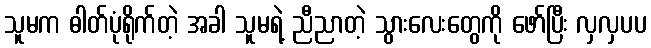
သူမက ဓါတ်ပုံရိုက်တဲ့ အခါ သူမရဲ့ ညီညာတဲ့ သွားလေးတွေကို ဖော်ပြီး လှလှပပ